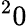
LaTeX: ^20